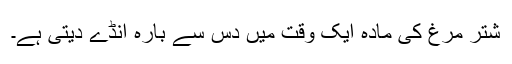
شتر مرغ کی مادہ ایک وقت میں دس سے بارہ انڈے دیتی ہے۔